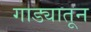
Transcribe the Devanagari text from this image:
गाड्यातून